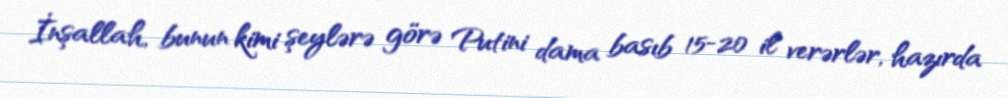
İnşallah, bunun kimi şeylərə görə Putini dama basıb 15-20 il verərlər, hazırda